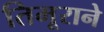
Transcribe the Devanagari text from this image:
तिमूराने